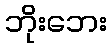
ဘိုးဘေး